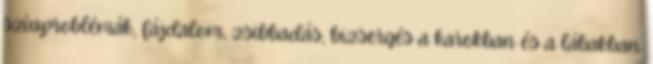
szívproblémák, fájdalom, zsibbadás, bizsergés a karokban és a lábakban.